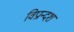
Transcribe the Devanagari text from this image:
विप्रान्दश